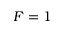
F = 1